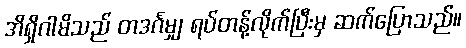
အိရှိဂါမိသည် တဒင်္ဂမျှ ရပ်တန့်လိုက်ပြီးမှ ဆက်ပြောသည်။